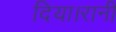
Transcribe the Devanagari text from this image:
दिया।रानी